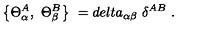
\left\{ \Theta _ { \alpha } ^ { A } , \ \Theta _ { \beta } ^ { B } \right\} \ = d e l t a _ { \alpha \beta } \ \delta ^ { A B } \ .